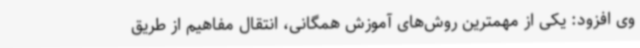
وی افزود: یکی از مهمترین روش‌های آموزش همگانی، انتقال مفاهیم از طریق